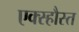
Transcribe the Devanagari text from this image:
एक्स्हौस्त